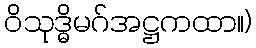
ဝိသုဒ္ဓိမဂ်အဋ္ဌကထာ။)